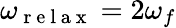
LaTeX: \omega_{\mathrm{~r~e~l~a~x~}}=2\omega_{f}